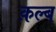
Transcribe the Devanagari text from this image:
क़ल्ब